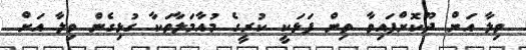
ވިލާ އަށް ދޫކޮށްފައިވާ ތިން ފަޅަކީ ކުރީގެ މުއާމަލާތަކާ ގުޅިގެން ވިލާ އަށް